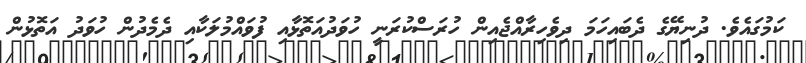
ކަމުގައެވެ. ދުނިޔޭގެ ދެބައިހަމަ ދިވެހިރާއްޖެއިން ހުރަސްކުރަނީ ހުވަދުއަތޮޅާއި ފުވައްމުލަކާއި ދެމެދުން ހުވަދު އަތޮޅުން